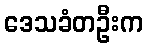
ဒေသခံတဦးက